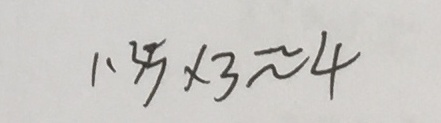
1 . 3 5 \times 3 \approx 4